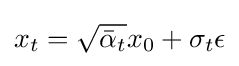
x_{t}={\sqrt {{\bar {\alpha }}_{t}}}x_{0}+\sigma _{t}\epsilon